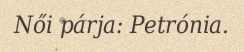
Női párja: Petrónia.